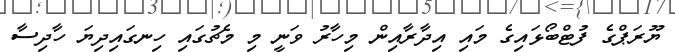
ޔޫރަޕްގެ ފުޓްބޯޅައިގެ މައި އިދާރާއިން މިހާރު ވަނީ މި މެޗުގައި ހިނގައިދިޔަ ހާދިސާ